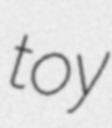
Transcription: toy